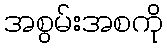
အစွမ်းအစကို